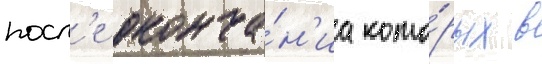
посл'е оконча́н'иа кото́рых в